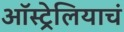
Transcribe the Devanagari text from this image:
ऑस्ट्रेलियाचं